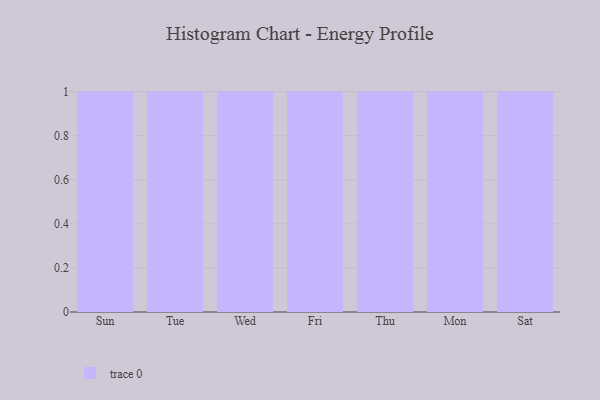
{"axis": {"x": "Day", "y": "Revenue (USD Million)"}, "legend": [""], "data": [{"x": "Sun", "y": 19, "type": ""}, {"x": "Tue", "y": 78, "type": ""}, {"x": "Wed", "y": 88, "type": ""}, {"x": "Fri", "y": 11, "type": ""}, {"x": "Thu", "y": 57, "type": ""}, {"x": "Mon", "y": 3, "type": ""}, {"x": "Sat", "y": 59, "type": ""}]}